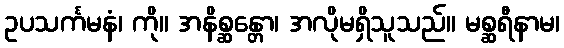
ဥပသင်္ကမနံ၊ ကို။ အနိစ္ဆန္တော၊ အလိုမရှိသူသည်။ မစ္ဆရီနာမ၊